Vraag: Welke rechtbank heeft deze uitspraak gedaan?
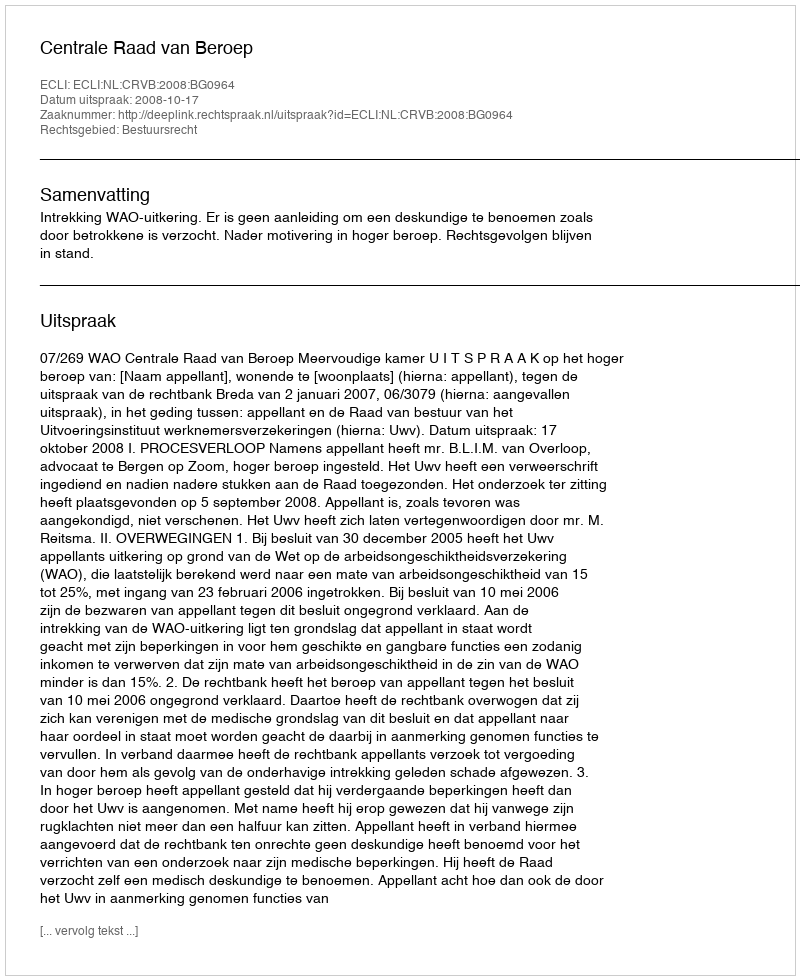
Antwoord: Centrale Raad van Beroep